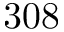
3 0 8